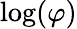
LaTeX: \log(\varphi)